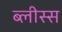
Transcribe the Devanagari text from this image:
ब्लीस्स